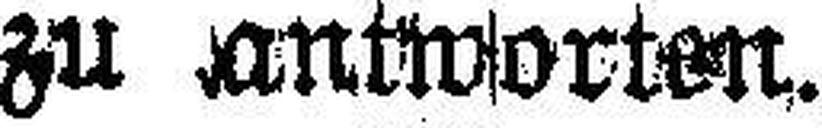
zu antworten.